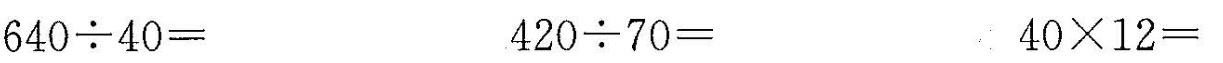
$$6 4 0 \div 4 0 =$$ $$4 2 0 \div 7 0 =$$ $$4 0 \times 1 2 =$$